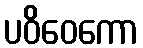
ပဝိဝေကော